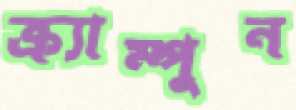
ক্র্যাম্পুন